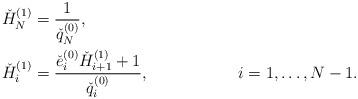
LaTeX: \begin{align*} &\check{H}_{N}^{( 1 )} = \displaystyle \frac{1 }{\check{q}_{N}^{( 0 )}}, & & \\ &\check{H}_{i}^{( 1 )} = \displaystyle \frac{\check{e}_{i}^{( 0 )} \check{H}_{i + 1}^{( 1 )} + 1}{\check{q}_{i}^{( 0 )}}, & &i = 1, \dots , N - 1. \end{align*}